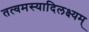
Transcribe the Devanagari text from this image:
तत्वमस्यादिलक्ष्यम्‌